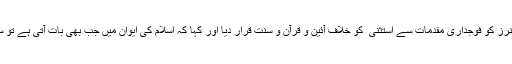
سینیٹر حمد اﷲ نے صدر اور گورنرز کو فوجداری مقدمات سے استثنی ٰ کو خلاف آئین و قرآن و سنت قرار دیا اور کہا کہ اسلام کی ایوان میں جب بھی بات آتی ہے تو سب کو الرجی شروع ہو جاتی ہے ۔